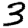
Digit: 3